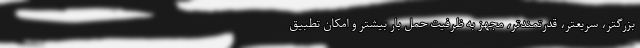
بزرگتر، سریعتر، قدرتمندتر، مجهز به ظرفیت حمل بار بیشتر و امکان تطبیق